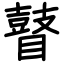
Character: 瞽